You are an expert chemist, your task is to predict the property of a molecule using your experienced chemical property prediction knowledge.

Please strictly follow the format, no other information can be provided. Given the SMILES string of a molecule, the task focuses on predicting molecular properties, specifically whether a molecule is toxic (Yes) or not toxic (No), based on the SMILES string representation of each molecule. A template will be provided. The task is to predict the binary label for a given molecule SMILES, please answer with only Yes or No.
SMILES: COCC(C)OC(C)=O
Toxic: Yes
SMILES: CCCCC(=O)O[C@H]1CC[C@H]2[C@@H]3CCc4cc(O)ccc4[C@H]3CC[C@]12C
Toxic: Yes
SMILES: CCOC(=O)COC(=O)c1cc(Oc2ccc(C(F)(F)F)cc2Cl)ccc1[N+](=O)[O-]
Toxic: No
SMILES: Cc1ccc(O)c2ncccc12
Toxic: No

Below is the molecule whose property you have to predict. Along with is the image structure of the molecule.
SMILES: CCOC(=O)Cc1cccc2ccccc12
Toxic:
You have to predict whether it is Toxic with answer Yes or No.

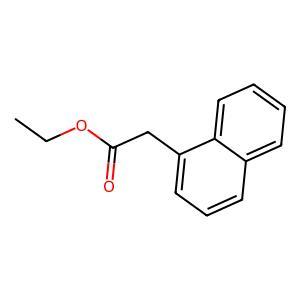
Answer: No